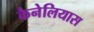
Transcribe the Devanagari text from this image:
कैनेलियास